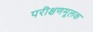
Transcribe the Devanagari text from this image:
परीक्षणमूलक